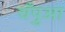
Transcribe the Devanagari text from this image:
चँपुआ